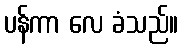
ပန်ကာ လေ ခံသည်။